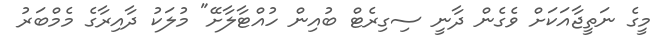
މީގެ ނަތީޖާއަކަށް ވެގެން ދާނީ ސިގިރެޓް ބުއިން ހުއްޓާލާށޭ" މުލަކު ދާއިރާގެ މެމްބަރު